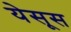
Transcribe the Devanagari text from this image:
येसूस